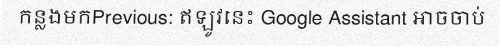
កន្លងមកPrevious: ឥឡូវនេះ Google Assistant អាចចាប់